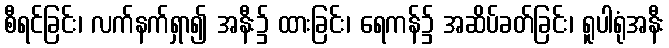
စီရင်ခြင်း၊ လက်နက်ရှာ၍ အနီး၌ ထားခြင်း၊ ရေကန်၌ အဆိပ်ခတ်ခြင်း၊ ရူပါရုံအနီး